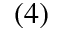
( 4 )